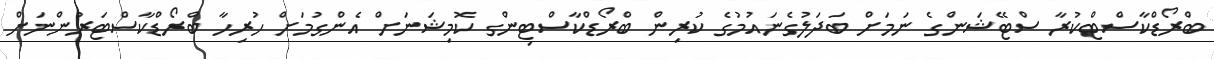
ބްރޯޑްކާސްޓްކުރާ ސްޓޭޝަންގެ ނަމަށް ބަދަލުގެނައުމުގެ ކުރިން ބްރޯޑްކާސްޓިންގ ކޮމިޝަނަށް އެންގުމަށް ހުރިހާ ބްރޯޑްކާސްޓަރުންނަށް